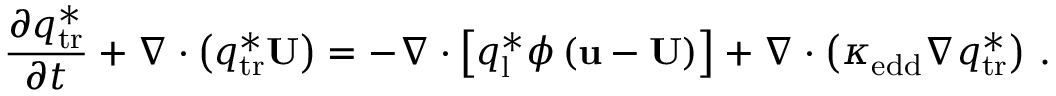
\frac { \partial q _ { \mathrm { t r } } ^ { * } } { \partial t } + \nabla \cdot \left( q _ { \mathrm { t r } } ^ { * } \mathbf { U } \right) = - \nabla \cdot \left[ q _ { \mathrm { l } } ^ { * } \phi \left( \mathbf { u } - \mathbf { U } \right) \right] + \nabla \cdot \left( \kappa _ { \mathrm { e d d } } \nabla q _ { \mathrm { t r } } ^ { * } \right) \, .